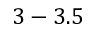
3 - 3 . 5